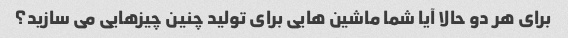
برای هر دو حالا آیا شما ماشین هایی برای تولید چنین چیزهایی می سازید؟